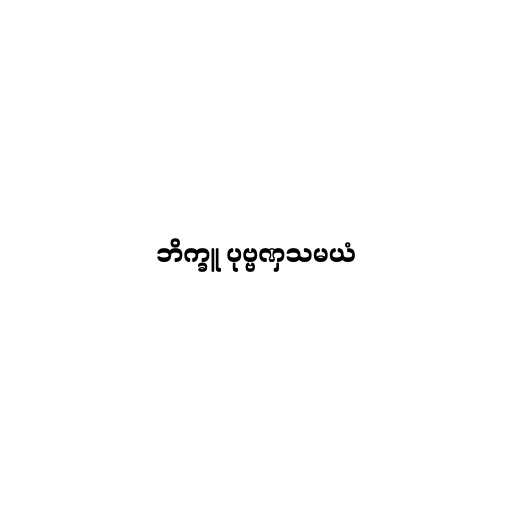
ဘိက္ခူ ပုဗ္ဗဏှသမယံ